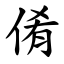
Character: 倄